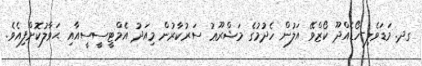
ގދ. މަޑަވެލި-ހޯޑެއްދޫ ކޯޒްވޭ އަލުން ހެދުމުގެ މަޝްރޫޢު ސަރުކާރުން މިއަދު އެމްޓީސީސީއާއި ޙަވާލުކޮށްފިއެވެ.